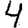
Digit: 4